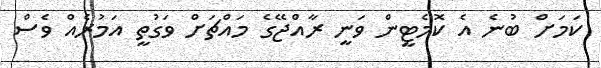
ކަމަށް ބުނެ އެ ކޮމެޓީން ވަނީ ރާއްޖޭގެ މައްޗަށް ވަގުތީ އަމުރެއް ވެސް